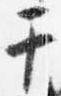
于